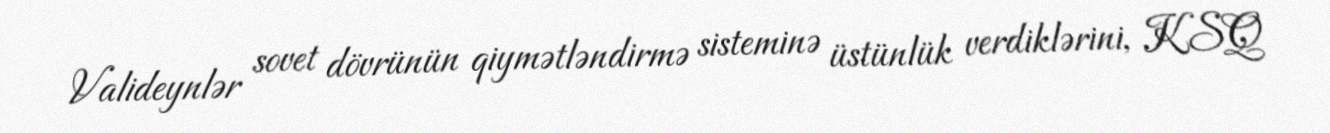
Valideynlər sovet dövrünün qiymətləndirmə sisteminə üstünlük verdiklərini, KSQ